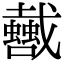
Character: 𢨣